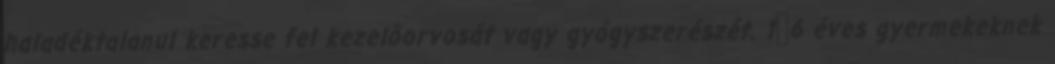
haladéktalanul keresse fel kezelőorvosát vagy gyógyszerészét. 1‑6 éves gyermekeknek